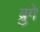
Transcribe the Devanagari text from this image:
ब्रुगे